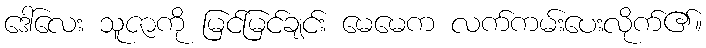
ဒေါ်လေး သူဇာကို မြင်မြင်ချင်း မေမေက လက်ကမ်းပေးလိုက်၏။